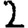
Digit: 2